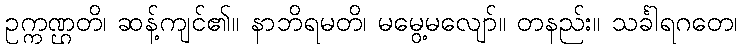
ဥက္ကဏ္ဌတိ၊ ဆန့်ကျင်၏။ နာဘိရမတိ၊ မမွေ့မလျော်။ တနည်း။ သင်္ခါရဂတေ၊